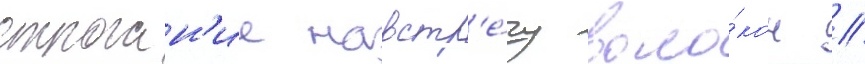
строган'ие навстр'е́чу воло́кон //